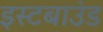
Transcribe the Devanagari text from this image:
इस्टबाउंड